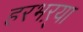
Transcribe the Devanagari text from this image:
हरभऱ्या